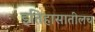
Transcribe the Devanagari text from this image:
इतिहासातीलच